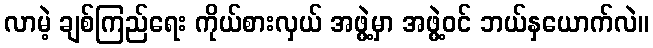
လာမဲ့ ချစ်ကြည်ရေး ကိုယ်စားလှယ် အဖွဲ့မှာ အဖွဲ့ဝင် ဘယ်နှယောက်လဲ။